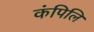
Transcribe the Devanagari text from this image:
कंपिलि